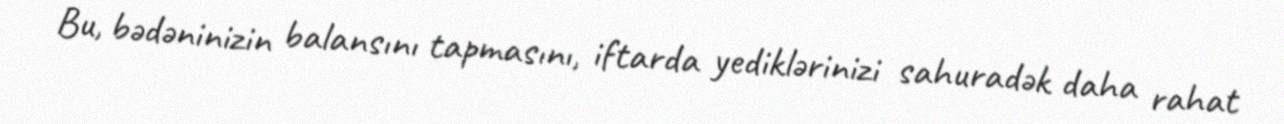
Bu, bədəninizin balansını tapmasını, iftarda yediklərinizi sahuradək daha rahat